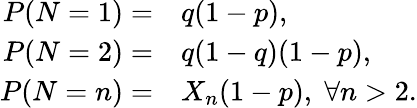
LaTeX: \begin{array}{rl}{P(N=1)=}&{{}q(1-p),}\\ {P(N=2)=}&{{}q(1-q)(1-p),}\\ {P(N=n)=}&{{}X_{n}(1-p),\; \forall n>2.}\end{array}